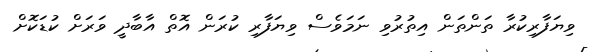
ވިޔަފާރިކުރާ ތަންތަން އިތުރުވި ނަމަވެސް ވިޔަފާރި ކުރަން އޮތް އާބާދީ ވަރަށް ކުޑަކޮށް